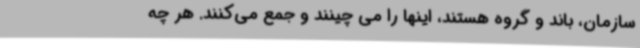
سازمان، باند و گروه هستند، اینها را می چینند و جمع می‌کنند. هر چه